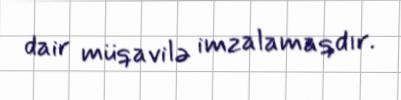
dair müqavilə imzalamaqdır.